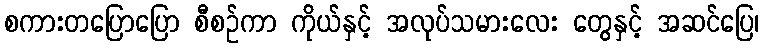
စကားတပြောပြော စီစဉ်ကာ ကိုယ်နှင့် အလုပ်သမားလေး တွေနှင့် အဆင်ပြေ၊